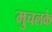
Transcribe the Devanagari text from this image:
मुचलके